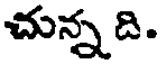
చున్న ది.